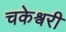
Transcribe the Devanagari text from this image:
चकेश्वरी